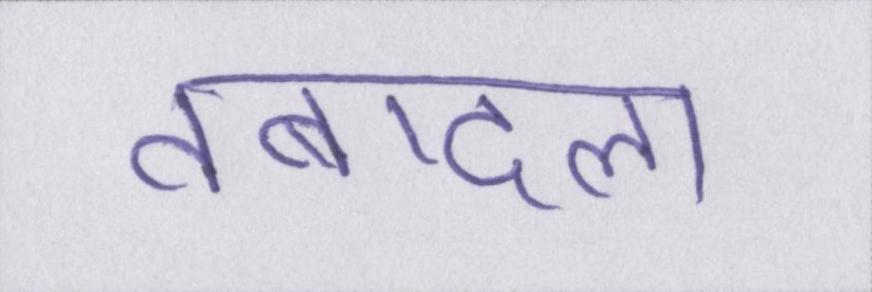
तबादला